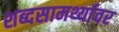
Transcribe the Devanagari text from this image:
शब्दसामर्थ्यावर